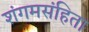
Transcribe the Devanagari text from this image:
शंगमसंहिता